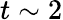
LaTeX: t\sim 2